Vaccination in Burma 1900-1911 - 1900-1911
Year: 1900
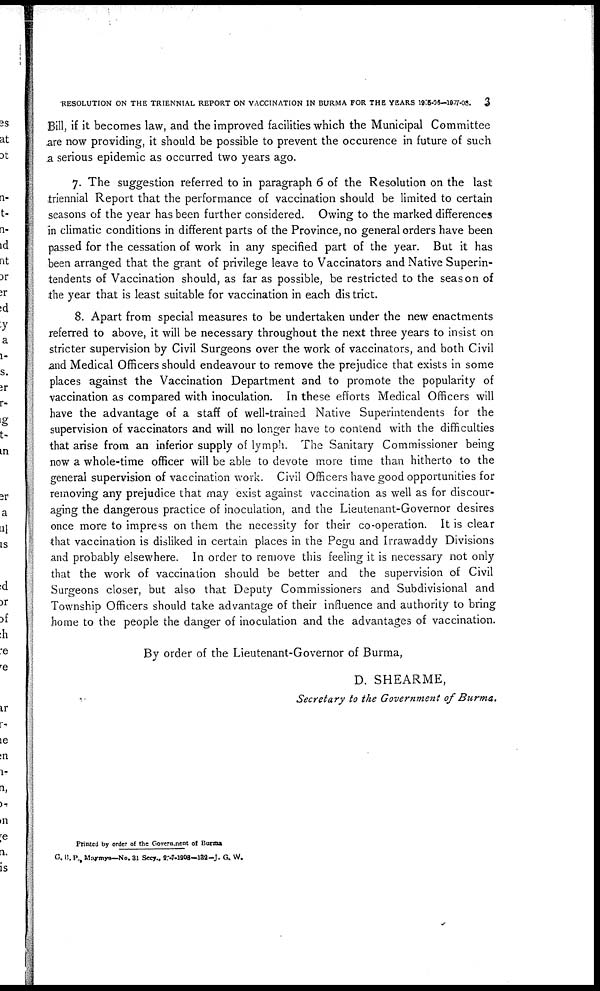
RESOLUTION ON THE TRIENNIAL REPORT ON VACCINATION IN BURMA FOR THE YEARS 1905-06—1907-08. 3
Bill, if it becomes law, and the improved facilities which the Municipal Committee
are now providing, it should be possible to prevent the occurence in future of such
a serious epidemic as occurred two years ago.
7. The suggestion referred to in paragraph 6 of the Resolution on the last
triennial Report that the performance of vaccination should be limited to certain
seasons of the year has been further considered. Owing to the marked differences
in climatic conditions in different parts of the Province, no general orders have been
passed for the cessation of work in any specified part of the year. But it has
been arranged that the grant of privilege leave to Vaccinators and Native Superin-
tendents of Vaccination should, as far as possible, be restricted to the season of
the year that is least suitable for vaccination in each district.
8. Apart from special measures to be undertaken under the new enactments
referred to above, it will be necessary throughout the next three years to insist on
stricter supervision by Civil Surgeons over the work of vaccinators, and both Civil
and Medical Officers should endeavour to remove the prejudice that exists in some
places against the Vaccination Department and to promote the popularity of
vaccination as compared with inoculation. In these efforts Medical Officers will
have the advantage of a staff of well-trained Native Superintendents for the
supervision of vaccinators and will no longer have to contend with the difficulties
that arise from an inferior supply of lymph. The Sanitary Commissioner being
now a whole-time officer will be able to devote more time than hitherto to the
general supervision of vaccination work. Civil Officers have good opportunities for
removing any prejudice that may exist against vaccination as well as for discour-
aging the dangerous practice of inoculation, and the Lieutenant-Governor desires
once more to impress on them the necessity for their co-operation. It is clear
that vaccination is disliked in certain places in the Pegu and Irrawaddy Divisions
and probably elsewhere. In order to remove this feeling it is necessary not only
that the work of vaccination should be better and the supervision of Civil
Surgeons closer, but also that Deputy Commissioners and Subdivisional and
Township Officers should take advantage of their influence and authority to bring
home to the people the danger of inoculation and the advantages of vaccination.
By order of the Lieutenant-Governor of Burma,
D. SHEARME,
Secretary to the Government of Burma.
Printed by order of the Government of Burma
G. B. P., Maymye—No. 31 Secy., 27-7-1906—132-J. G. W.